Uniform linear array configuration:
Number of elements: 64
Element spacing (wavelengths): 0.25
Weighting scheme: hamming
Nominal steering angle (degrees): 60
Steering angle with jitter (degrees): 60.331
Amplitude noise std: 0.05
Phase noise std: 0.05

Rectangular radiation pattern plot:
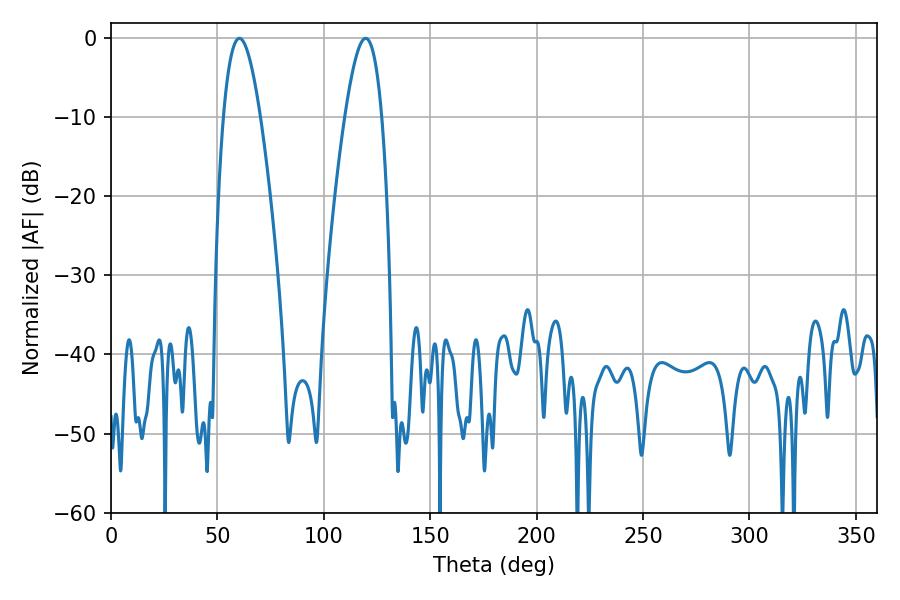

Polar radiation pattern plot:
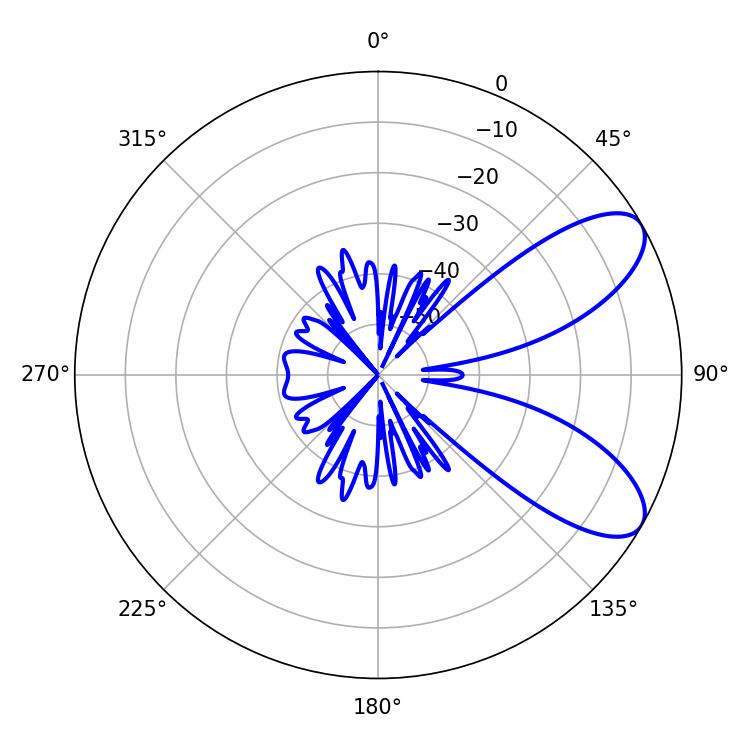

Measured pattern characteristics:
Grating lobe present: FALSE
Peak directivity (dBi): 8.078
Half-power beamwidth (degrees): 9.36
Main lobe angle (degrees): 60.3